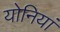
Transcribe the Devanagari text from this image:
योनियां